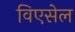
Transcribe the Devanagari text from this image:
विएसेल